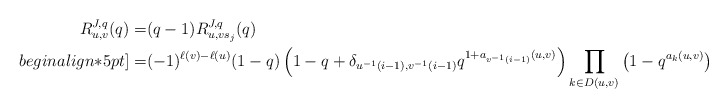
\begin{align*}R_{u,v}^{J,q}(q)=&(q-1)R_{u,vs_j}^{J,q}(q) \\begin{align*}5pt]=& (-1)^{\ell(v)-\ell(u)}(1-q)\left(1-q+\delta_{u^{-1}(i-1),v^{-1}(i-1)}q^{1+a_{v^{-1}(i-1)}(u,v)}\right)\prod_{k\in D(u,v)}\left(1-q^{a_k(u,v)}\right).\end{align*}